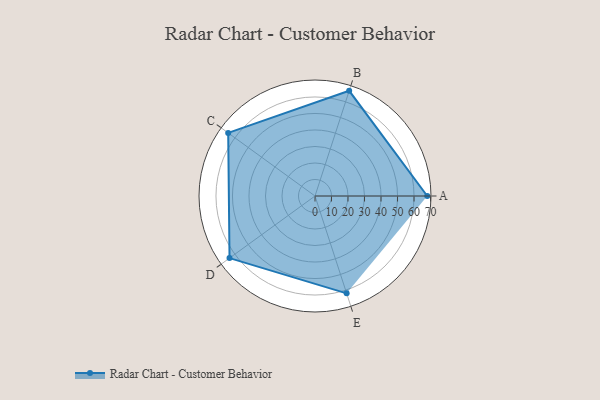
{"axis": {"x": "Skill", "y": "Score"}, "legend": ["Profile"], "data": [{"x": "A", "y": 68.0, "type": "Profile"}, {"x": "B", "y": 67.0, "type": "Profile"}, {"x": "C", "y": 65.0, "type": "Profile"}, {"x": "D", "y": 64.0, "type": "Profile"}, {"x": "E", "y": 62.0, "type": "Profile"}]}